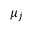
\mu _ { j }